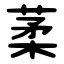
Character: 葇